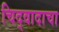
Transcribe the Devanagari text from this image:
चिद्‌वादाचा